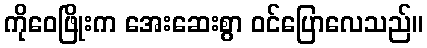
ကိုဝေဖြိုးက အေးဆေးစွာ ဝင်ပြောလေသည်။